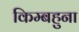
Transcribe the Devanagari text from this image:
किम्बहुना